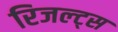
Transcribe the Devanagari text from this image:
रिजल्ट्स